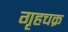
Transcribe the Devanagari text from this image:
गृहचक्र